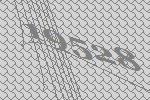
19528